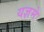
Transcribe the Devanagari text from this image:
यज्ञमे